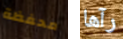
محفظة رآها